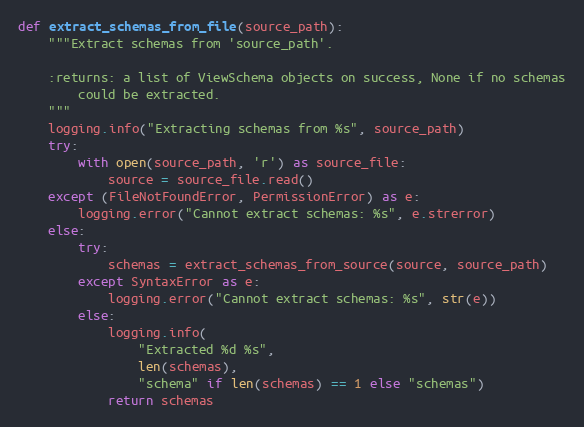
Language: Python
def extract_schemas_from_file(source_path):
    """Extract schemas from 'source_path'.

    :returns: a list of ViewSchema objects on success, None if no schemas
        could be extracted.
    """
    logging.info("Extracting schemas from %s", source_path)
    try:
        with open(source_path, 'r') as source_file:
            source = source_file.read()
    except (FileNotFoundError, PermissionError) as e:
        logging.error("Cannot extract schemas: %s", e.strerror)
    else:
        try:
            schemas = extract_schemas_from_source(source, source_path)
        except SyntaxError as e:
            logging.error("Cannot extract schemas: %s", str(e))
        else:
            logging.info(
                "Extracted %d %s",
                len(schemas),
                "schema" if len(schemas) == 1 else "schemas")
            return schemas